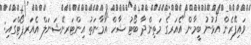
ވައިފޭރެން އުޅުނު ބީމާން އެއަރގެ މަތިންދާ ބޯޓު ޝާހް އަމާނަތު އިންޓަރނޭޝަނަލް އެއަރޕޯޓްގައި: